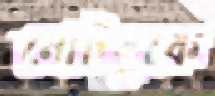
নোটবুকে